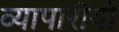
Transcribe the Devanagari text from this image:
व्यापारीयो